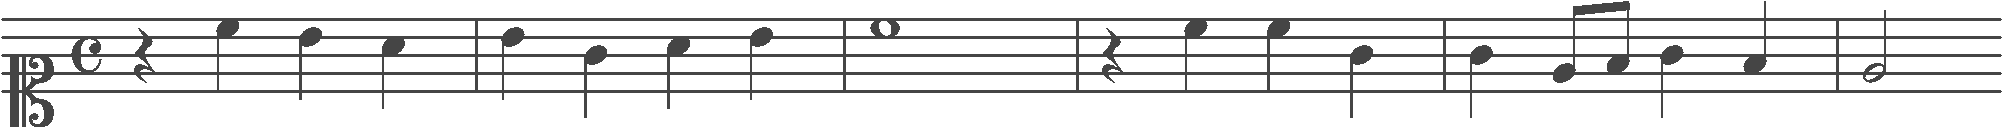
Transcription: clef-C1 timeSignature-C rest-quarter note-C5_quarter note-B4_quarter note-A4_quarter barline note-B4_quarter note-G4_quarter note-A4_quarter note-B4_quarter barline note-C5_whole barline rest-quarter note-C5_quarter note-C5_quarter note-G4_quarter barline note-G4_quarter note-E4_eighth note-F4_eighth note-G4_quarter note-F4_quarter barline note-E4_half